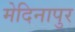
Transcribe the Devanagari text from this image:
मेदिनापुर